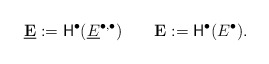
\begin{align*}\underline{\mathbf{E}} := \mathsf{H}^\bullet(\underline{E}^{\bullet,\bullet})\qquad\mathbf{E} := \mathsf{H}^\bullet(E^\bullet).\end{align*}